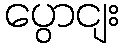
ပွောငျး